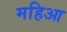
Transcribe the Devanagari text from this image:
महिआ